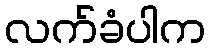
လက်ခံပါက